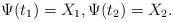
LaTeX: \begin{align*}\Psi(t_1)=X_1, \Psi(t_2)=X_2.\end{align*}